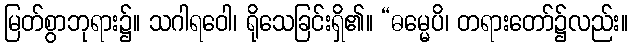
မြတ်စွာဘုရား၌။ သဂါရဝေါ၊ ရိုသေခြင်းရှိ၏။ “ဓမ္မေပိ၊ တရားတော်၌လည်း။